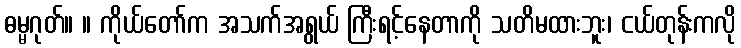
ဓမ္မဂုတ်။ ။ ကိုယ်တော်က အသက်အရွယ် ကြီးရင့်နေတာကို သတိမထားဘူး၊ ငယ်တုန်းကလို